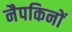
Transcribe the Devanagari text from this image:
नैपकिनों